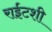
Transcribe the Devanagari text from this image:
राईटशी